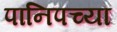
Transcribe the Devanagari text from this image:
पानिपच्या